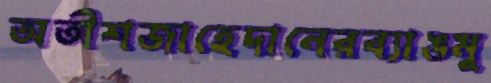
অতীশজাহেদানেরব্যাঙমু